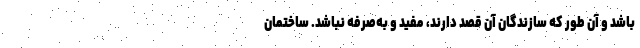
باشد و آن طور که سازندگان آن قصد دارند، مفید و به‌صرفه نباشد. ساختمان